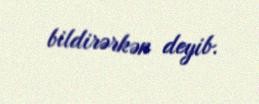
bildirərkən deyib.